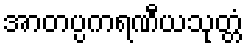
အာတပ္ပကရဏီယသုတ္တံ